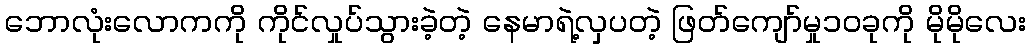
ဘောလုံးလောကကို ကိုင်လှုပ်သွားခဲ့တဲ့ နေမာရဲ့လှပတဲ့ ဖြတ်ကျော်မှု၁၀ခုကို မိုမိုလေး